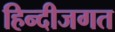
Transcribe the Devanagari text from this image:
हिन्दीजगत